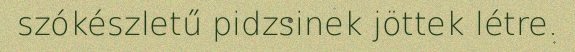
szókészletű pidzsinek jöttek létre.